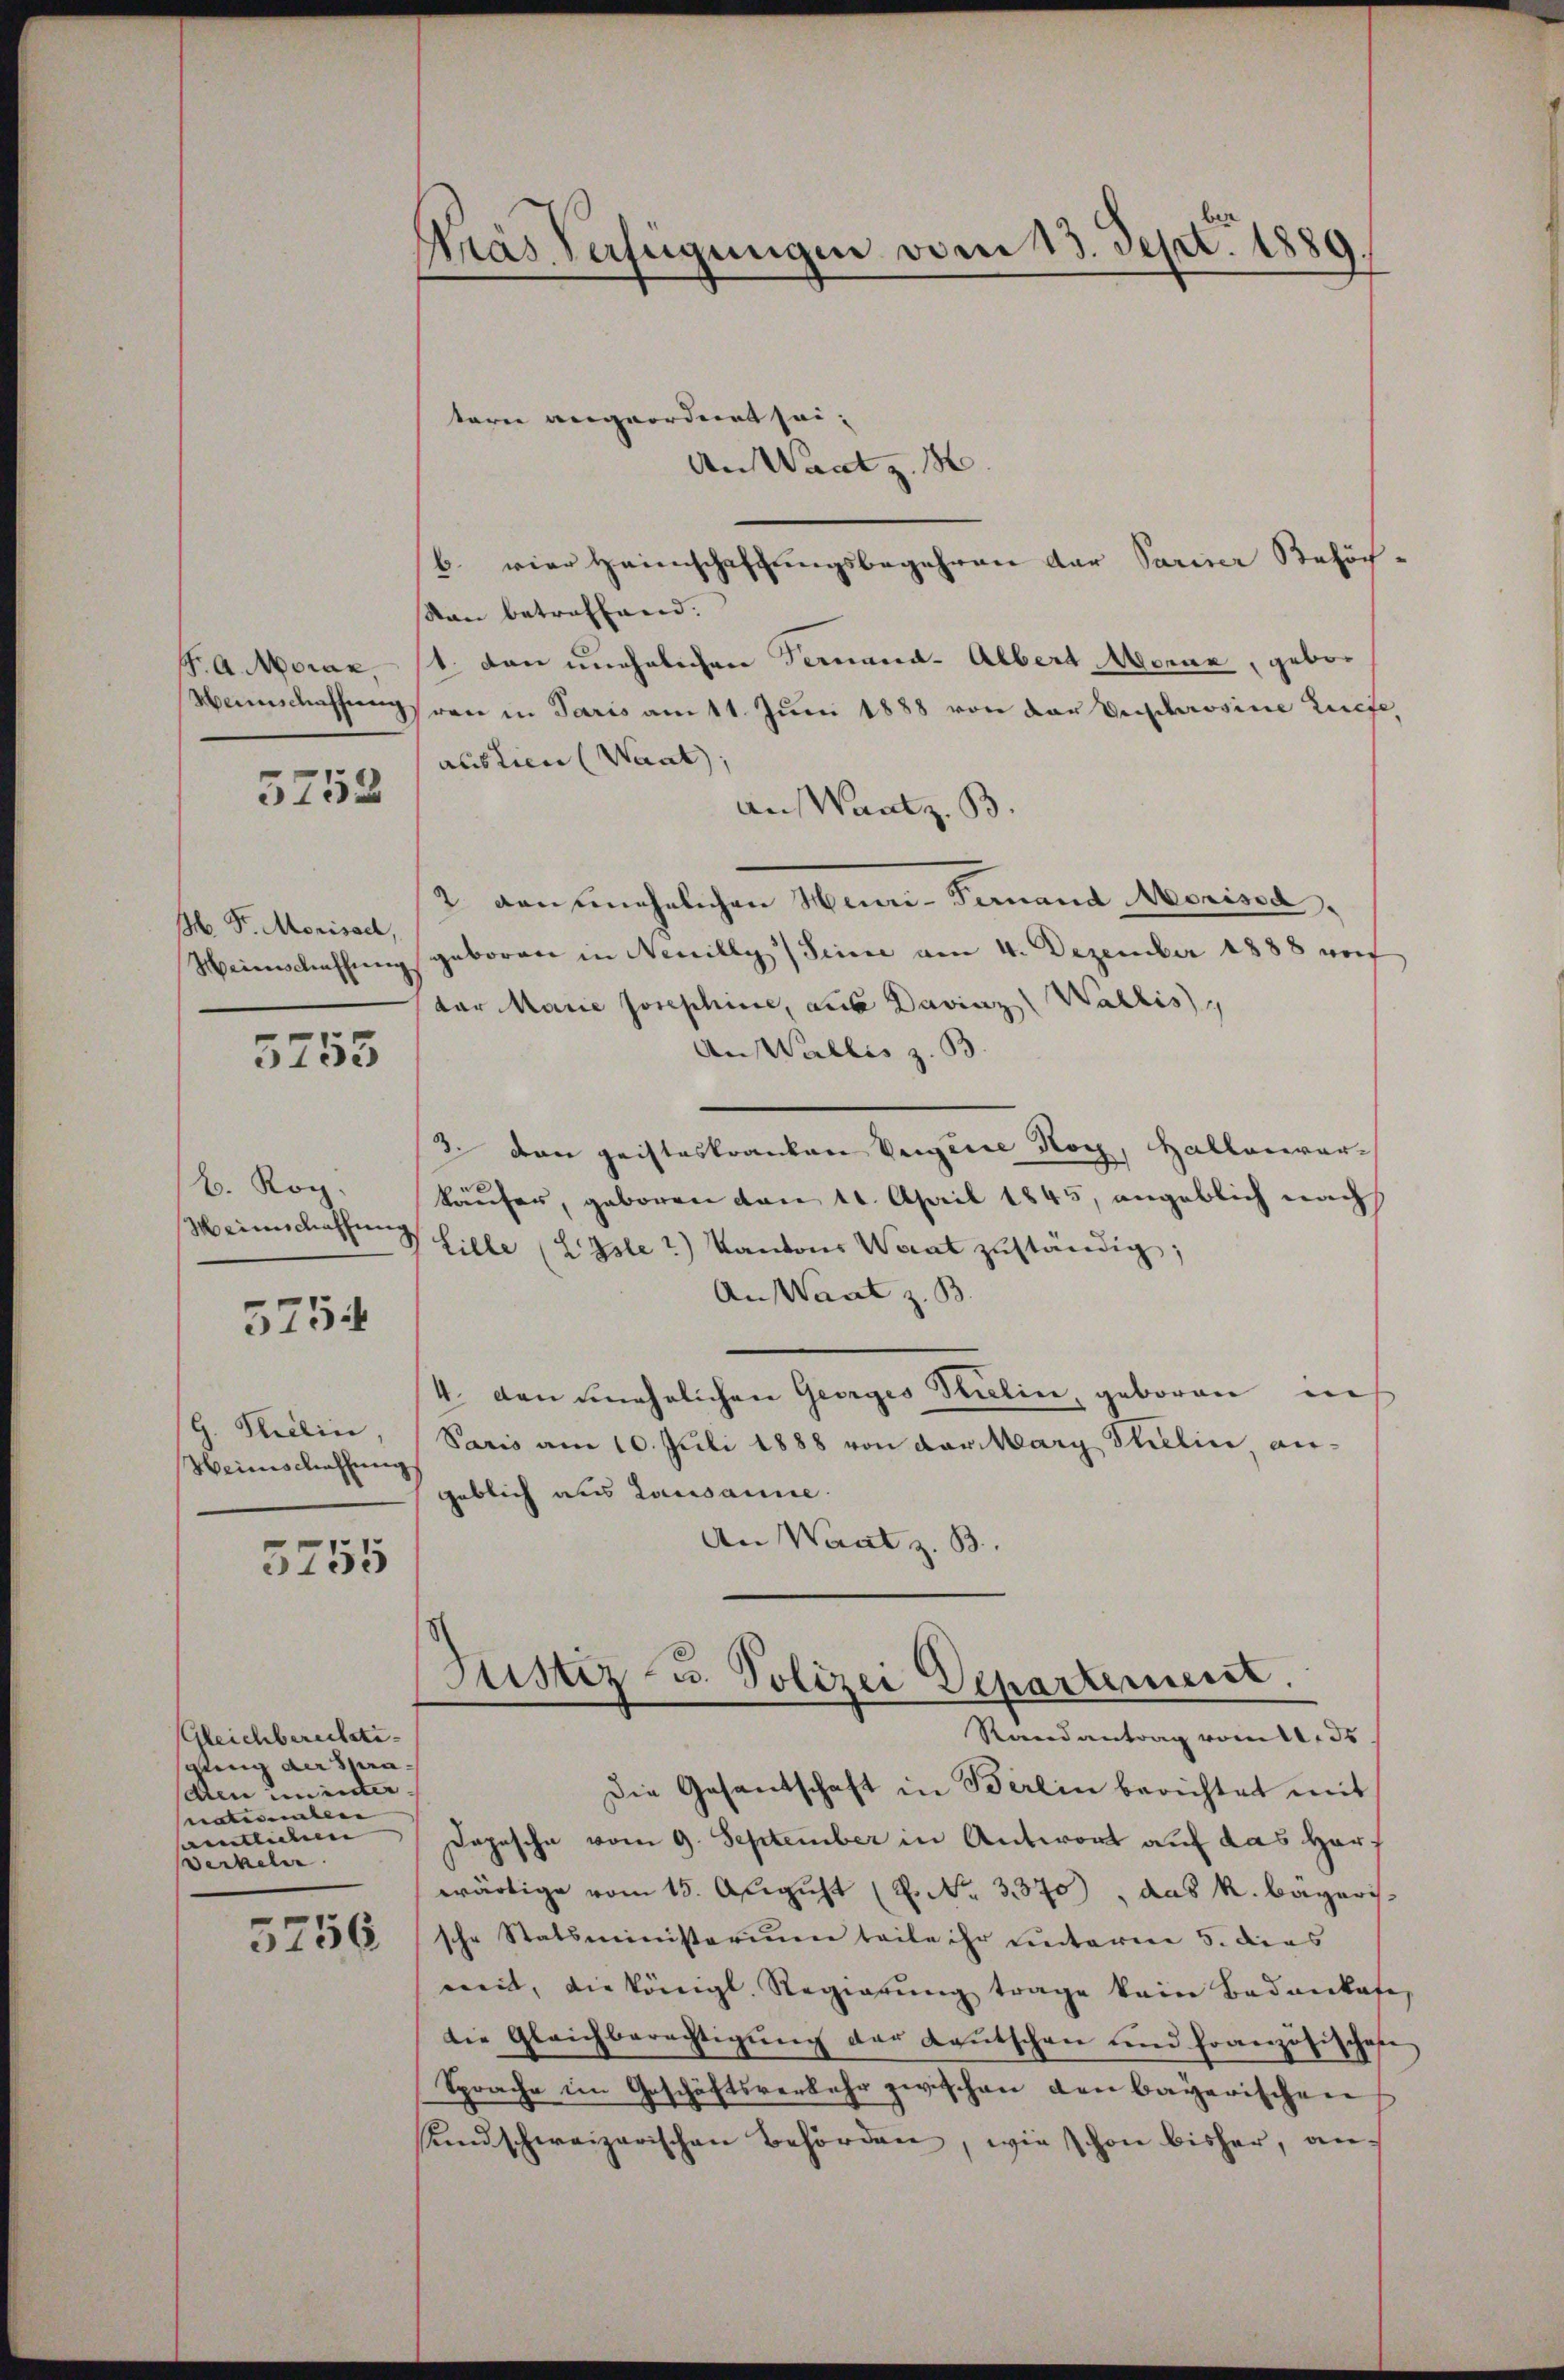
F. A. Moraz,
Menschaffung

5752

M. Fr. Morisach,
Meienschaffung

5755

b. Kop.
Weinschaffung

5754

G. Phillin
Weinschaffung

5755

Gleichberechti-
glung der Spra- |
dten in unter
nationalen
amtlichen
Werkeler

5756

Mras Verfügungen vom 13. Sept. 1889.

teren angeordnet sei.
An Waatz. 16
b. vier Heimschaffungsbegehren der Pariser Behöch¬
Nan betreffend.
1. dann unehelichen Fernand-Albert Monna, gebor
ren in Paris am 11. Juni 1888 von der Verschrosine Liefe,
auslien (Waat;
aus Waatz. B.
2 dansehnlichen Heuri-Femand Morisod
geboren in Neuilly Sinne am 4. Dezember 1888 wof
dor Marie Josephine, die Davinz (Wallis,
An Wallis z. B.
2. von geisteskranken Vergene Noch, Hallerworkäufer, geboren von 10. April 1845, angeblich nach
Lille (L Isle2) Kantons Waat zuständig;
An Want z. B.
4. den unehelichen Georges Selin, geboren in
Paris am 10. Juli 1888 von der Marg Thelin angeblich aus Lausanne.
An Waat z. B.
Justiz- u. Polizei Departement.
Randantrag vom 11. ds
Die Gesandschaft in Berlin berichtet mit
Dopesche vom 9. September in Antwort auf das Harf
wärtige vom 15. August (2. No. 3370), das K. Bagaris
sche Statsministerium teile ihr unterm 5. dies
weit, die königl. Regierŭng trage kein Bedankese
die Gleichberechtigung der Kautschen und Französischese
Sprache im Geschäftsverkehr zwischen den bayerischen
Kindschweizerischen Behörden, wie schon bisher, an